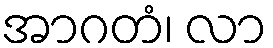
အာဂတံ၊ လာ